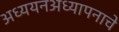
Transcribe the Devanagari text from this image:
अध्ययनअध्यापनाचे